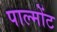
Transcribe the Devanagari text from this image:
पाल्मोंट